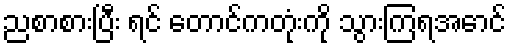
ညစာစားပြီး ရင် တောင်ကတုံးကို သွားကြရအောင်